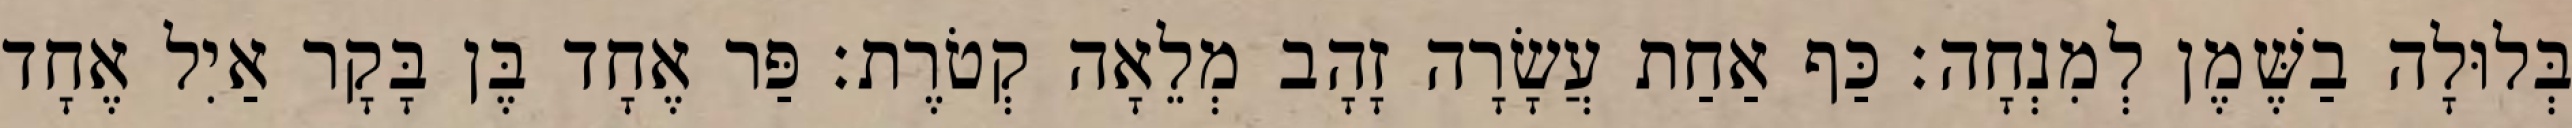
בְּלוּלָה בַשֶּׁמֶן לְמִנְחָה׃ כַּף אַחַת עֲשָׂרָה זָהָב מְלֵאָה קְטֹרֶת׃ פַּר אֶחָד בֶּן בָּקָר אַיִל אֶחָד